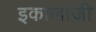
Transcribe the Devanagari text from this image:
इकालोजी